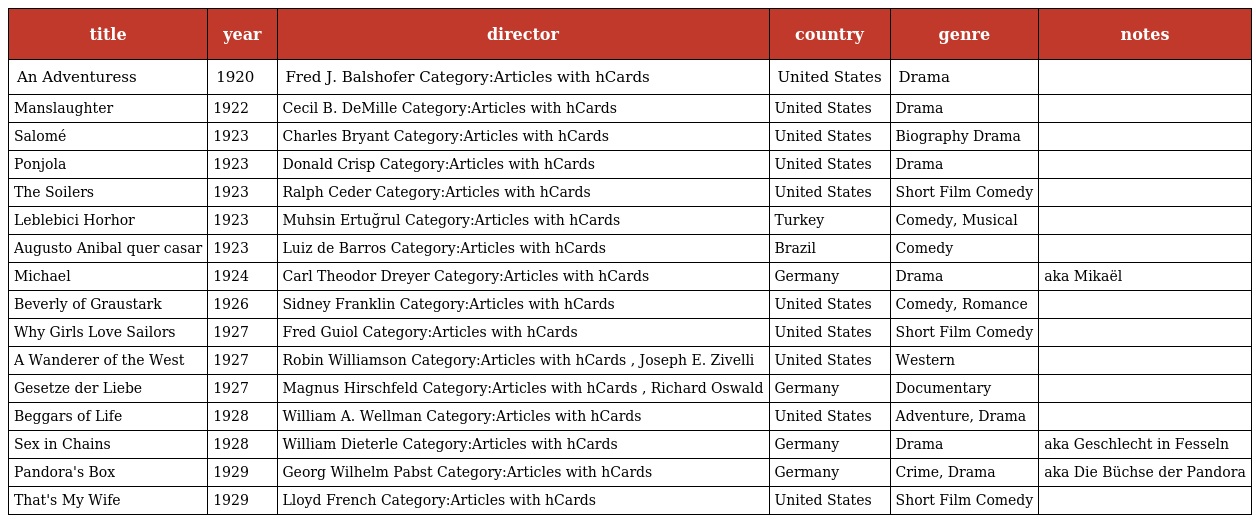
| title | year | director | country | genre | notes |
 | --- | --- | --- | --- | --- | --- |
 | An Adventuress | 1920 | Fred J. Balshofer Category:Articles with hCards | United States | Drama |  |
 | Manslaughter | 1922 | Cecil B. DeMille Category:Articles with hCards | United States | Drama |  |
 | Salomé | 1923 | Charles Bryant Category:Articles with hCards | United States | Biography Drama |  |
 | Ponjola | 1923 | Donald Crisp Category:Articles with hCards | United States | Drama |  |
 | The Soilers | 1923 | Ralph Ceder Category:Articles with hCards | United States | Short Film Comedy |  |
 | Leblebici Horhor | 1923 | Muhsin Ertuğrul Category:Articles with hCards | Turkey | Comedy, Musical |  |
 | Augusto Anibal quer casar | 1923 | Luiz de Barros Category:Articles with hCards | Brazil | Comedy |  |
 | Michael | 1924 | Carl Theodor Dreyer Category:Articles with hCards | Germany | Drama | aka Mikaël |
 | Beverly of Graustark | 1926 | Sidney Franklin Category:Articles with hCards | United States | Comedy, Romance |  |
 | Why Girls Love Sailors | 1927 | Fred Guiol Category:Articles with hCards | United States | Short Film Comedy |  |
 | A Wanderer of the West | 1927 | Robin Williamson Category:Articles with hCards , Joseph E. Zivelli | United States | Western |  |
 | Gesetze der Liebe | 1927 | Magnus Hirschfeld Category:Articles with hCards , Richard Oswald | Germany | Documentary |  |
 | Beggars of Life | 1928 | William A. Wellman Category:Articles with hCards | United States | Adventure, Drama |  |
 | Sex in Chains | 1928 | William Dieterle Category:Articles with hCards | Germany | Drama | aka Geschlecht in Fesseln |
 | Pandora's Box | 1929 | Georg Wilhelm Pabst Category:Articles with hCards | Germany | Crime, Drama | aka Die Büchse der Pandora |
 | That's My Wife | 1929 | Lloyd French Category:Articles with hCards | United States | Short Film Comedy |  |